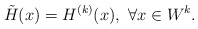
\begin{align*}\tilde{H}(x) = H^{(k)}(x), \ \forall x\in W^k. \end{align*}